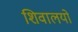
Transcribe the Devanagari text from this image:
शिवालयो